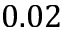
0 . 0 2